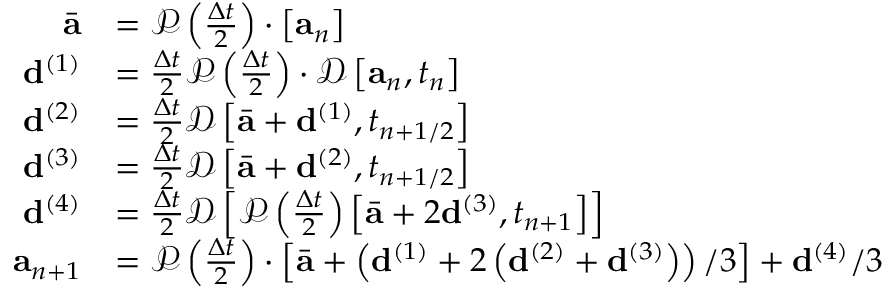
\begin{array} { r } { \begin{array} { r l } { \bar { \mathbf { a } } } & { = \mathcal { P } \left( \frac { \Delta t } { 2 } \right) \cdot \left[ \mathbf { a } _ { n } \right] } \\ { \mathbf { d } ^ { ( 1 ) } } & { = \frac { \Delta t } { 2 } \mathcal { P } \left( \frac { \Delta t } { 2 } \right) \cdot \mathcal { D } \left[ \mathbf { a } _ { n } , t _ { n } \right] } \\ { \mathbf { d } ^ { ( 2 ) } } & { = \frac { \Delta t } { 2 } \mathcal { D } \left[ \bar { \mathbf { a } } + \mathbf { d } ^ { ( 1 ) } , t _ { n + 1 / 2 } \right] } \\ { \mathbf { d } ^ { ( 3 ) } } & { = \frac { \Delta t } { 2 } \mathcal { D } \left[ \bar { \mathbf { a } } + \mathbf { d } ^ { ( 2 ) } , t _ { n + 1 / 2 } \right] } \\ { \mathbf { d } ^ { ( 4 ) } } & { = \frac { \Delta t } { 2 } \mathcal { D } \left[ \mathcal { P } \left( \frac { \Delta t } { 2 } \right) \left[ \bar { \mathbf { a } } + 2 \mathbf { d } ^ { ( 3 ) } , t _ { n + 1 } \right] \right] } \\ { \mathbf { a } _ { n + 1 } } & { = \mathcal { P } \left( \frac { \Delta t } { 2 } \right) \cdot \left[ \bar { \mathbf { a } } + \left( \mathbf { d } ^ { ( 1 ) } + 2 \left( \mathbf { d } ^ { ( 2 ) } + \mathbf { d } ^ { ( 3 ) } \right) \right) / 3 \right] + \mathbf { d } ^ { ( 4 ) } / 3 } \end{array} } \end{array}